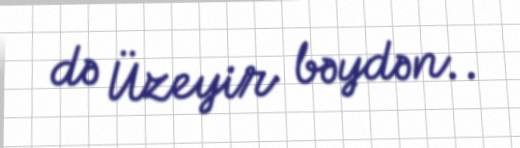
də Üzeyir bəydən..